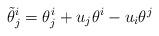
LaTeX: \begin{align*}\tilde{\theta}_{j}^{i}=\theta_{j}^{i}+u_j\theta^{i}-u_i\theta^{j}\end{align*}